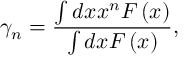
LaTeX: \gamma _ { n } = \frac { \int d x x ^ { n } F \left( x \right) } { \int d x F \left( x \right) } ,